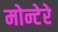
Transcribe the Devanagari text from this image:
मोन्टेरे